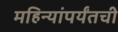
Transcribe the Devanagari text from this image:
महिन्यांपर्यंतची